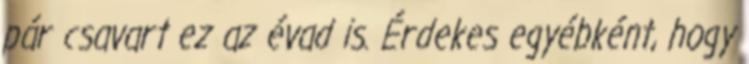
pár csavart ez az évad is. Érdekes egyébként, hogy